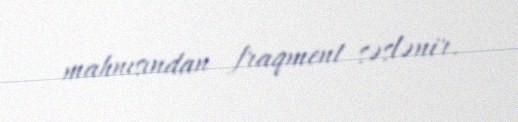
mahnısından fraqment səslənir.